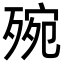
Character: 㱧